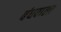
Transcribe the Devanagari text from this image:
बंधवाला